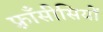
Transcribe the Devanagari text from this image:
फ़्राँसीसियों